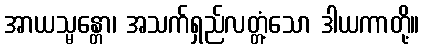
အာယသ္မန္တော၊ အသက်ရှည်လတ္တံ့သော ဒါယကာတို့။